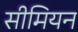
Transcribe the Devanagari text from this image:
सीमियन